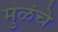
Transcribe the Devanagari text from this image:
मुळंचे